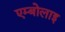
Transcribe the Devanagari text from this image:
एम्बोलाइ